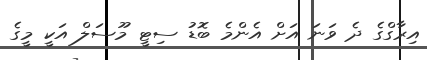
އިރާގްގެ ދެ ވަނަ އަށް އެންމެ ބޮޑު ސިޓީ މޫސަލް އަކީ މީގެ